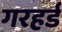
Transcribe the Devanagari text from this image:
गरहर्ड